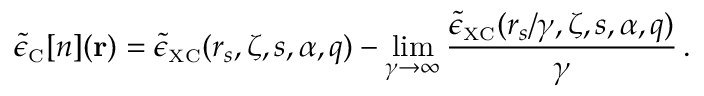
\tilde { \epsilon } _ { \scriptscriptstyle \mathrm { C } } [ n ] ( { \bf r } ) = \tilde { \epsilon } _ { \scriptscriptstyle \mathrm { X C } } ( r _ { s } , \zeta , s , \alpha , q ) - \operatorname* { l i m } _ { \gamma \to \infty } \frac { \tilde { \epsilon } _ { \scriptscriptstyle \mathrm { X C } } ( r _ { s } / \gamma , \zeta , s , \alpha , q ) } { \gamma } \, .